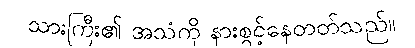
သားကြီး၏ အသံကို နားစွင့်နေတတ်သည်။